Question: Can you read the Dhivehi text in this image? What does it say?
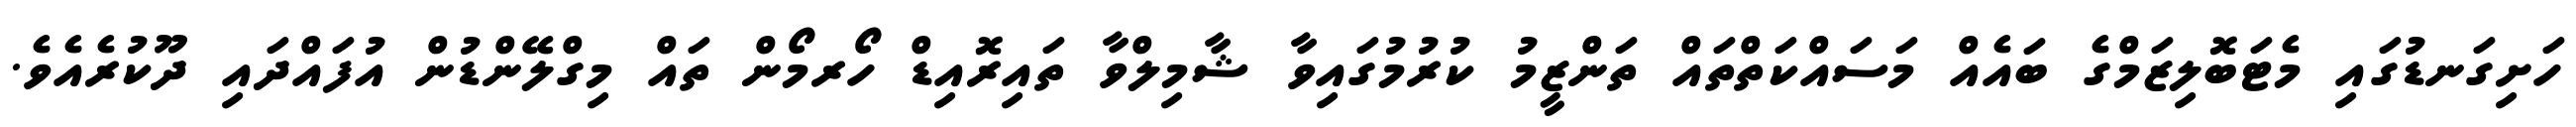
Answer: ހަށިގަނޑުގައި މެޓަބޮލިޒަމްގެ ބައެއް މަސައްކަތްތައް ތަންޒީމު ކުރުމުގައިވާ ޝާމިލްވާ ތައިރޮއިޑް ހޯރމޯން ތައް މިގްލޭންޑުން އުފައްދައި ދޫކުރެއެވެ.